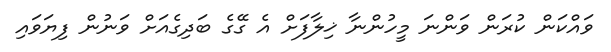
ވައްކަން ކުރަން ވަންނަ މީހުންނާ ޚިލާފަށް އެ ގޭގެ ބަދިގެއަށް ވަނުން ފިޔަވައި